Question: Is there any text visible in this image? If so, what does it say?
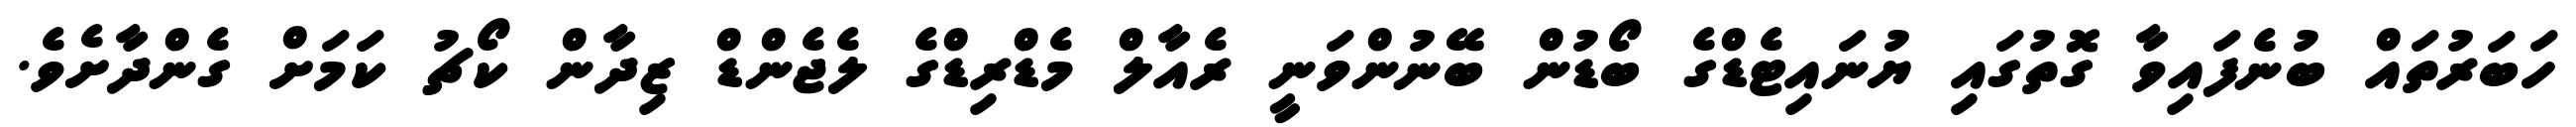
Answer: ހަބަރުތައް ބުނެފައިވާ ގޮތުގައި ޔުނައިޓެޑްގެ ބޯޑުން ބޭނުންވަނީ ރެއާލް މެޑްރިޑްގެ ލެޖެންޑް ޒިދާން ކޯޗު ކަމަށް ގެންދާށެވެ.